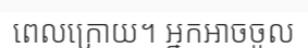
ពេលក្រោយ។ អ្នកអាចចូល